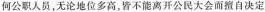
何公职人员，无论地位多高，皆不能离开公民大会而擅自决定